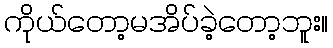
ကိုယ်တော့မအိပ်ခဲ့တော့ဘူး။